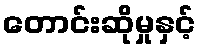
တောင်းဆိုမှုနှင့်